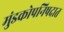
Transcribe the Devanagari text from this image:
मुंडकोपनिषदात